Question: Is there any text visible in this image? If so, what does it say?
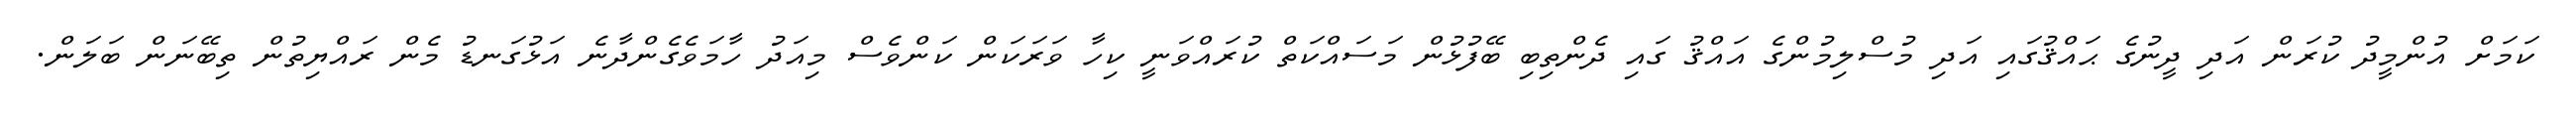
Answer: ކަމަށް އުންމީދު ކުރަން އަދި ދީނުގެ ޙައްޤުގައި އަދި މުސްލިމުންގެ އައްޤު ގައި ދެންތިބި ބޭފުޅުން މަސައްކަތް ކުރައްވަނީ ކިހާ ވަރަކަން ކަންވެސް މިއަދު ހާމަވެގެންދާނެ އަޅުގަނޑު މެން ރައްޔިތުން ތިބޭނަން ބަލަން.